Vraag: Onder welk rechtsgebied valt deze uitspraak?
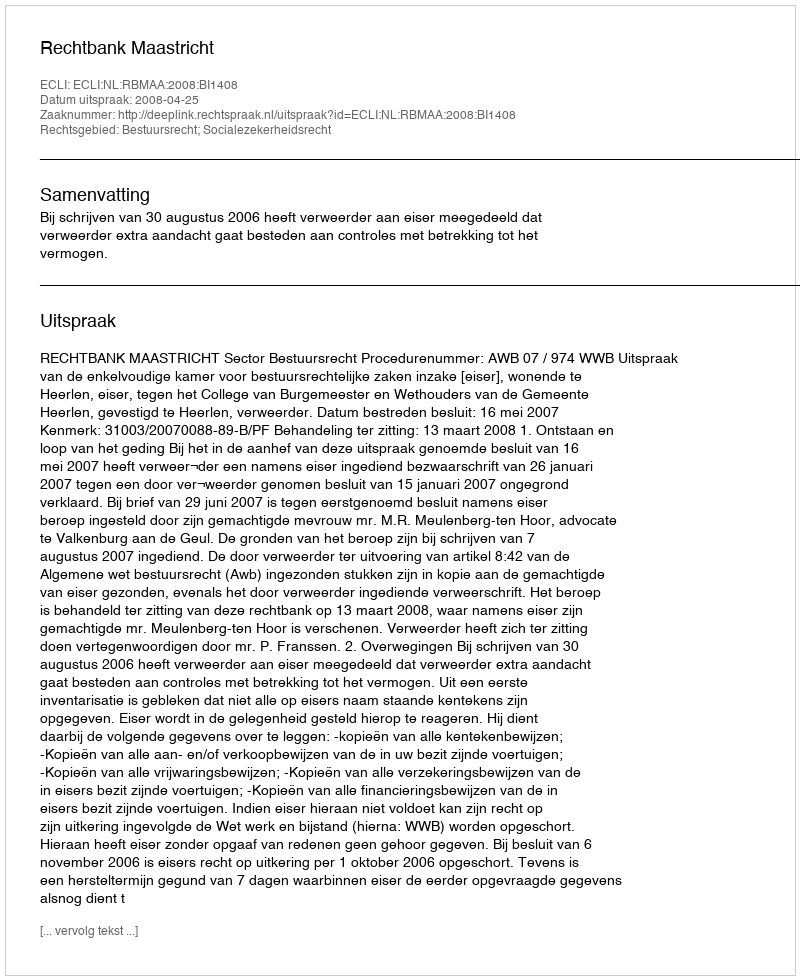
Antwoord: Bestuursrecht; Socialezekerheidsrecht